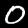
Digit: 0